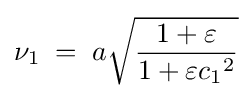
\nu _{1}\;=\;a{\sqrt {\frac {1+\varepsilon }{1+\varepsilon {c_{1}}^{2}}}}